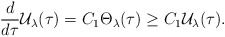
\begin{align*}\frac{d}{d\tau}\mathcal{U}_{\lambda}(\tau)= C_{1}\Theta_{\lambda}(\tau)\geq C_{1}\mathcal{U}_{\lambda}(\tau).\end{align*}